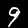
Digit: 9